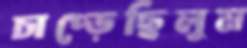
চাপ্‌ড়েছিলুম